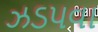
ઝડપવા